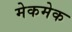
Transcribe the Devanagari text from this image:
मेकमेक